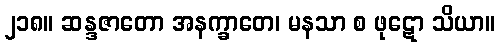
၂၁၈။ ဆန္ဒဇာတော အနက္ခာတေ၊ မနသာ စ ဖုဋော သိယာ။